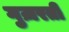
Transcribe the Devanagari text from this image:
गुज़रतीं